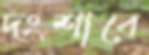
দংশাবে